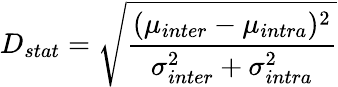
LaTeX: D_{stat}=\sqrt{\frac{(\mu_{inter}-\mu_{intra})^{2}}{\sigma_{inter}^{2}+\sigma_{intra}^{2}}}